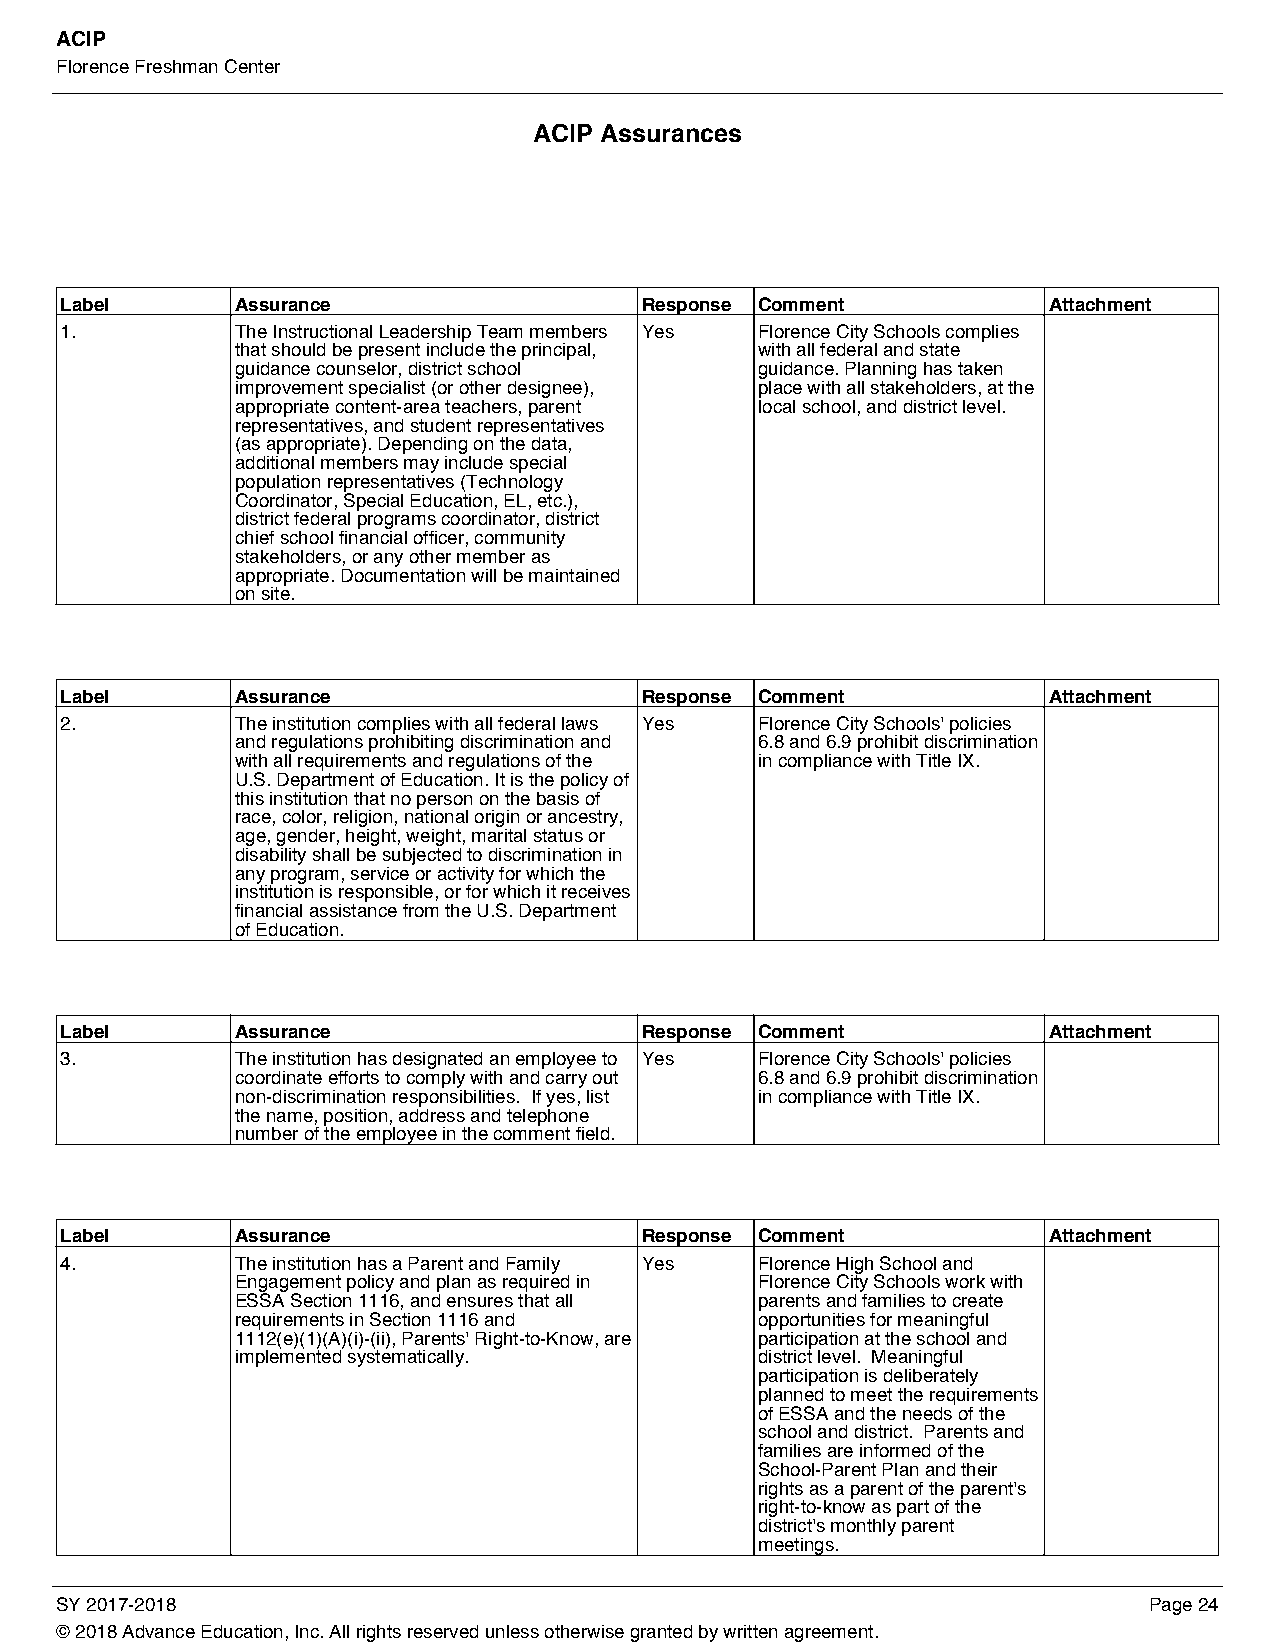
ACIP
 Florence Freshman Center
 ACIP Assurances
 Label       Assurance                 Response Comment           Attachment
 1.          The Instructional Leadership Team members Yes Florence City Schools complies
 that should be present include the principal, with all federal and state
 guidance counselor, district school guidance. Planning has taken
 improvement specialist (or other designee), place with all stakeholders, at the
 appropriate content-area teachers, parent local school, and district level.
 representatives, and student representatives
 (as appropriate). Depending on the data,
 additional members may include special
 population representatives (Technology
 Coordinator, Special Education, EL, etc.),
 district federal programs coordinator, district
 chief school financial officer, community
 stakeholders, or any other member as
 appropriate. Documentation will be maintained
 on site.
 Label       Assurance                 Response Comment           Attachment
 2.          The institution complies with all federal laws Yes Florence City Schools' policies
 and regulations prohibiting discrimination and 6.8 and 6.9 prohibit discrimination
 with all requirements and regulations of the in compliance with Title IX.
 U.S. Department of Education. It is the policy of
 this institution that no person on the basis of
 race, color, religion, national origin or ancestry,
 age, gender, height, weight, marital status or
 disability shall be subjected to discrimination in
 any program, service or activity for which the
 institution is responsible, or for which it receives
 financial assistance from the U.S. Department
 of Education.
 Label       Assurance                 Response Comment           Attachment
 3.          The institution has designated an employee to Yes Florence City Schools' policies
 coordinate efforts to comply with and carry out 6.8 and 6.9 prohibit discrimination
 non-discrimination responsibilities. If yes, list in compliance with Title IX.
 the name, position, address and telephone
 number of the employee in the comment field.
 Label       Assurance                 Response Comment           Attachment
 4.          The institution has a Parent and Family Yes Florence High School and
 Engagement policy and plan as required in Florence City Schools work with
 ESSA Section 1116, and ensures that all parents and families to create
 requirements in Section 1116 and  opportunities for meaningful
 1112(e)(1)(A)(i)-(ii), Parents' Right-to-Know, are participation at the school and
 implemented systematically.       district level. Meaningful
 participation is deliberately
 planned to meet the requirements
 of ESSA and the needs of the
 school and district. Parents and
 families are informed of the
 School-Parent Plan and their
 rights as a parent of the parent's
 right-to-know as part of the
 district's monthly parent
 meetings.
 SY 2017-2018                                                            Page 24
 © 2018 Advance Education, Inc. All rights reserved unless otherwise granted by written agreement.